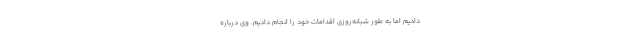
دادیم اما به طور شبانه‌روزی اقدامات خود را انجام دادیم. وی درباره